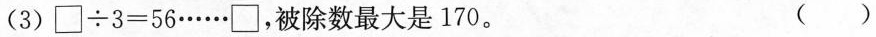
(3)$$\Box \div 3 = 5 6 …… \Box$$，被除数最大是170。（ ）